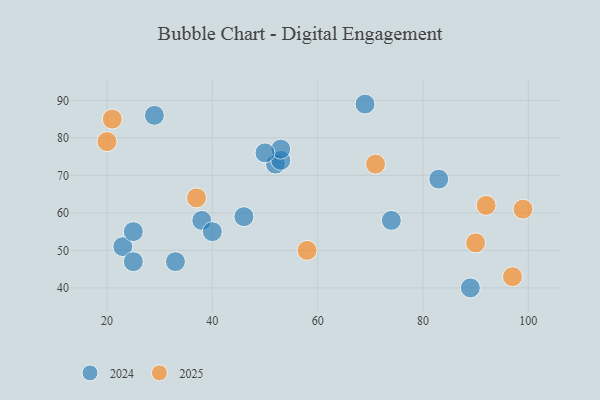
{"axis": {"x": "GDP", "y": "Life Expectancy"}, "legend": ["2024", "2025"], "data": [{"x": "38", "y": 58, "type": "2024"}, {"x": "40", "y": 55, "type": "2024"}, {"x": "52", "y": 73, "type": "2024"}, {"x": "74", "y": 58, "type": "2024"}, {"x": "33", "y": 47, "type": "2024"}, {"x": "83", "y": 69, "type": "2024"}, {"x": "46", "y": 59, "type": "2024"}, {"x": "23", "y": 51, "type": "2024"}, {"x": "53", "y": 74, "type": "2024"}, {"x": "53", "y": 77, "type": "2024"}, {"x": "89", "y": 40, "type": "2024"}, {"x": "29", "y": 86, "type": "2024"}, {"x": "69", "y": 89, "type": "2024"}, {"x": "25", "y": 55, "type": "2024"}, {"x": "50", "y": 76, "type": "2024"}, {"x": "25", "y": 47, "type": "2024"}, {"x": "71", "y": 73, "type": "2025"}, {"x": "37", "y": 64, "type": "2025"}, {"x": "21", "y": 85, "type": "2025"}, {"x": "58", "y": 50, "type": "2025"}, {"x": "92", "y": 62, "type": "2025"}, {"x": "99", "y": 61, "type": "2025"}, {"x": "90", "y": 52, "type": "2025"}, {"x": "20", "y": 79, "type": "2025"}, {"x": "97", "y": 43, "type": "2025"}]}